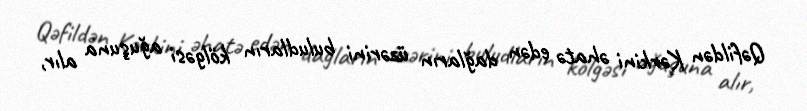
Qəfildən Kərkini əhatə edən dağların üzərini buludların kölgəsi ağuşuna alır,